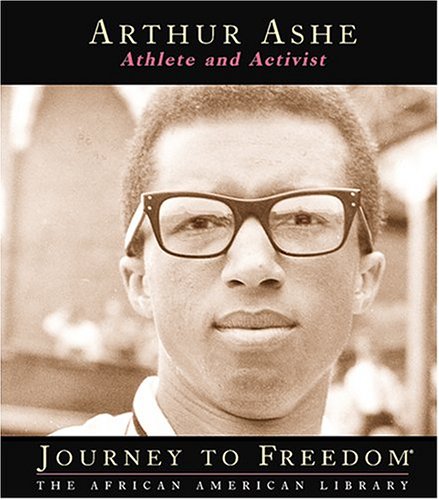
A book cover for Arthur Ashe: Athlete and Activist (Journey to Freedom: The African American Library); Kevin Cunningham; Children's Books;